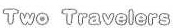
Two Travelers